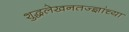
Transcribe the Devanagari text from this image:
शुद्धलेखनतज्ज्ञांच्या